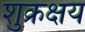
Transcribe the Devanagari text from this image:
शुक्रक्षय